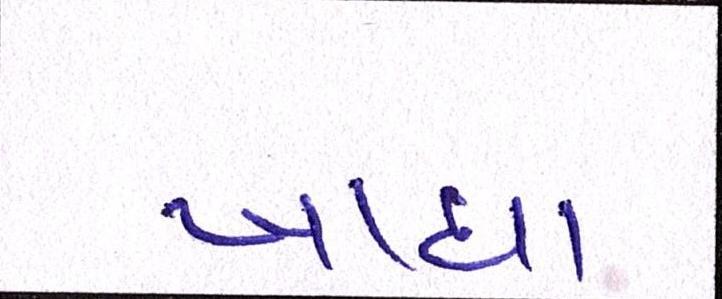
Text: ખાધા